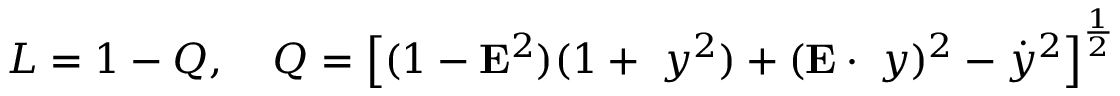
{ \cal L } = 1 - Q , \; \; \: \; Q = \left[ ( 1 - { \bf E } ^ { 2 } ) ( 1 + { \bf \nabla } y ^ { 2 } ) + ( { \bf E } \cdot { \bf \nabla } y ) ^ { 2 } - { \dot { y } } ^ { 2 } \right] ^ { \frac { 1 } { 2 } }